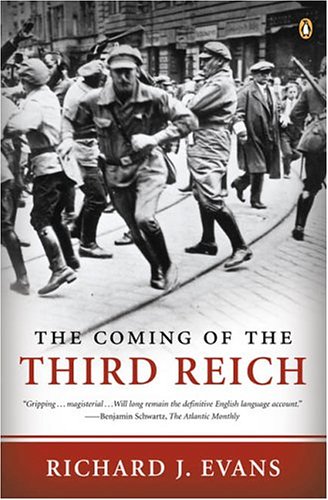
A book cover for The Coming of the Third Reich; Richard J. Evans; History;